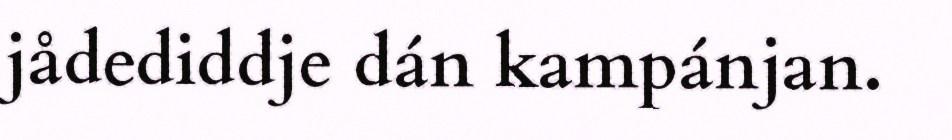
jådediddje dán kampánjan.